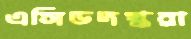
এসিডদগ্ধরা